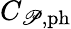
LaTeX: C_{\mathscr{P},\mathrm{{{ph}}}}